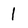
Character: l